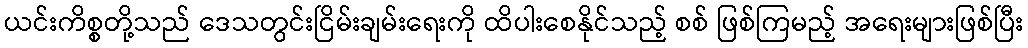
ယင်းကိစ္စတို့သည် ဒေသတွင်းငြိမ်းချမ်းရေးကို ထိပါးစေနိုင်သည့် စစ် ဖြစ်ကြမည့် အရေးများဖြစ်ပြီး